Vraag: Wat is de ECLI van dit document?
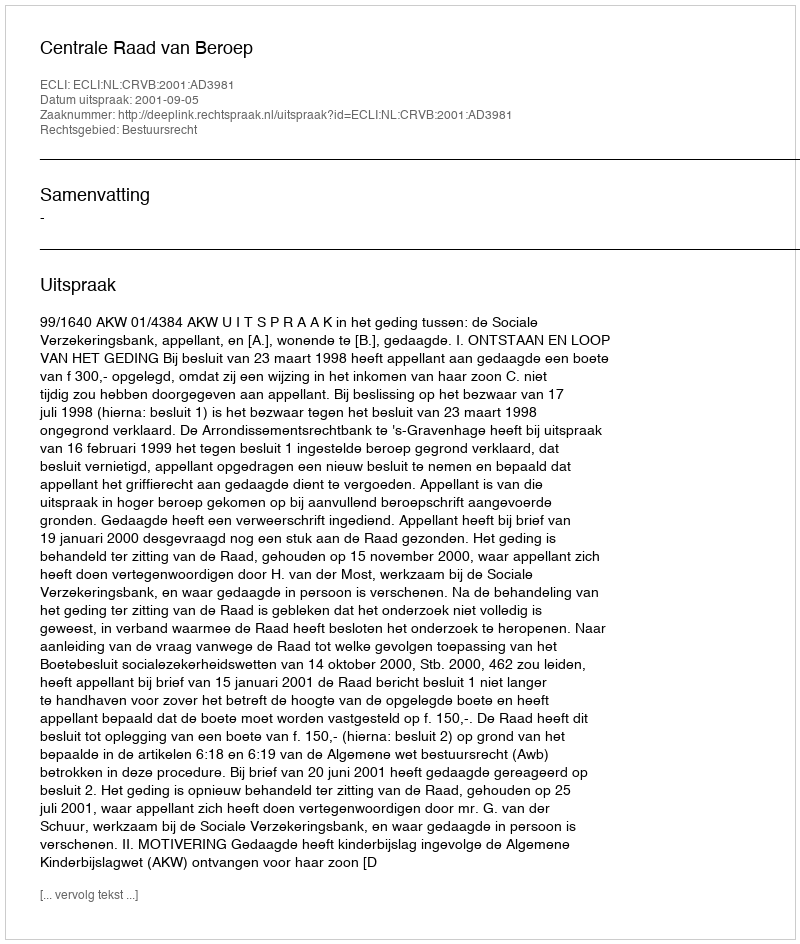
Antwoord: ECLI:NL:CRVB:2001:AD3981